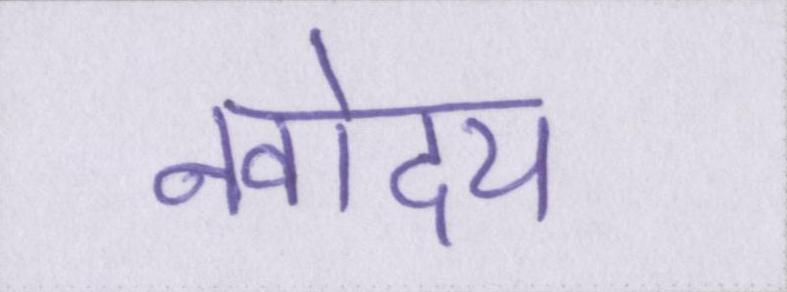
नवोदय